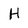
Character: H